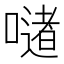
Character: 𪢆